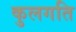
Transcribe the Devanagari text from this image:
कुलगति